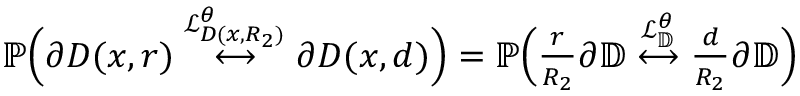
\begin{array} { r } { \mathbb { P } \Big ( \partial D ( x , r ) \overset { \mathcal { L } _ { D ( x , R _ { 2 } ) } ^ { \theta } } { \longleftrightarrow } \partial D ( x , d ) \Big ) = \mathbb { P } \Big ( \frac { r } { R _ { 2 } } \partial \mathbb { D } \overset { \mathcal { L } _ { \mathbb { D } } ^ { \theta } } { \longleftrightarrow } \frac { d } { R _ { 2 } } \partial \mathbb { D } \Big ) } \end{array}